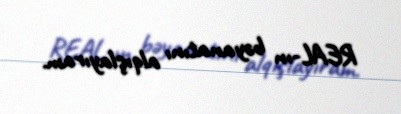
REAL-ın bəyanatını alqışlayıram.